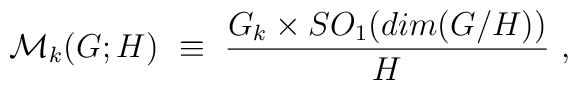
{\cal M}_k(G;H) ~\equiv~{{G_k \times SO_1(dim(G/H))} \over H} \ ,